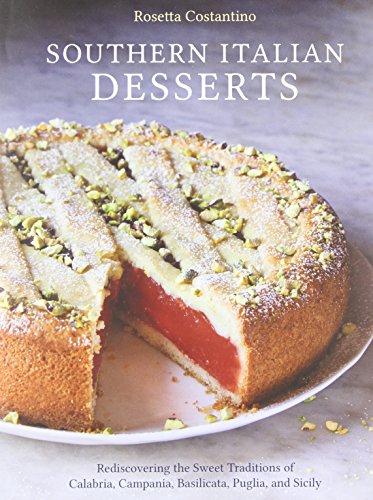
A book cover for Southern Italian Desserts: Rediscovering the Sweet Traditions of Calabria, Campania, Basilicata, Puglia, and Sicily; Rosetta Costantino; Cookbooks, Food & Wine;